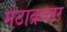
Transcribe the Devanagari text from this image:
मेटाक्रव्लर